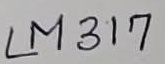
Text: LM317